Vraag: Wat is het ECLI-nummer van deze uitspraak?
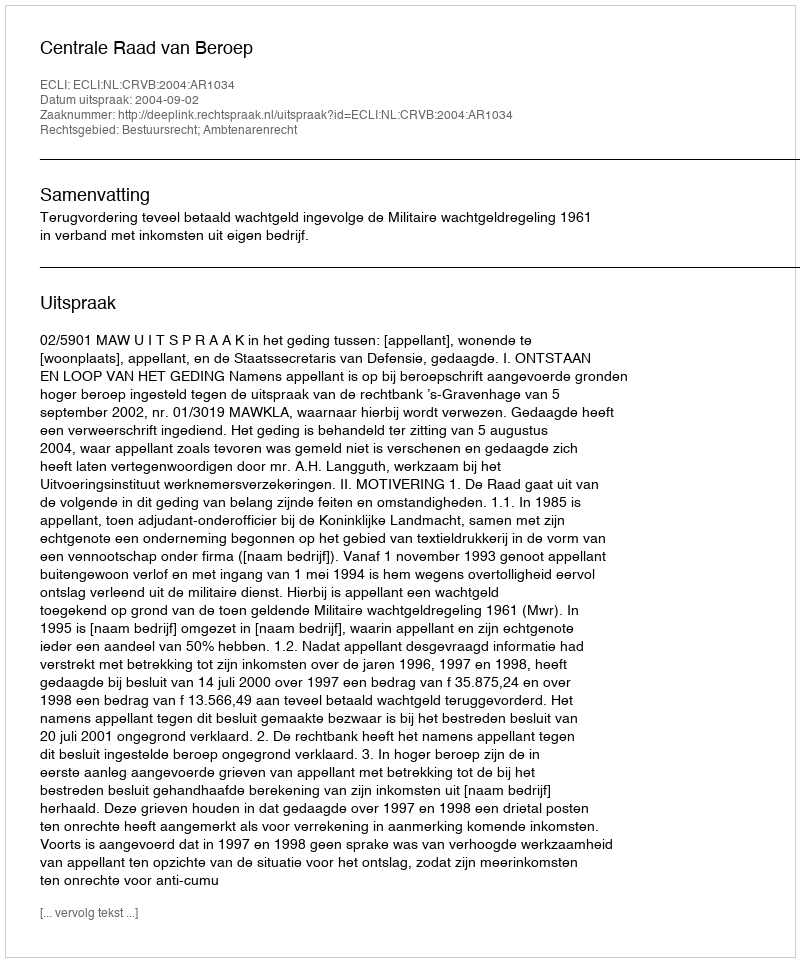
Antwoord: ECLI:NL:CRVB:2004:AR1034